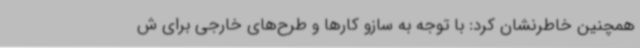
همچنین خاطرنشان کرد: با توجه به سازو کارها و طرح‌های خارجی برای ش